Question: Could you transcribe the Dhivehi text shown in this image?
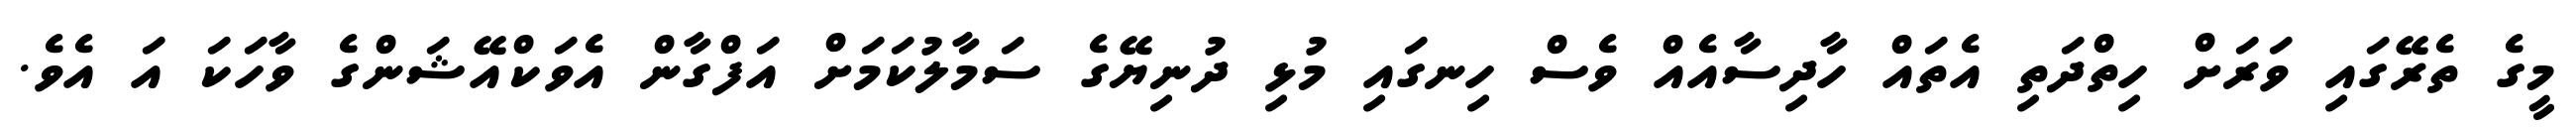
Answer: މީގެ ތެރޭގައި ވަރަށް ހިތްދަތި އެތައް ހާދިސާއެއް ވެސް ހިނގައި މުޅި ދުނިޔޭގެ ސަމާލުކަމަށް އަފްގާން އެވަކްއޭޝަންގެ ވާހަކަ އަ އެވެ.